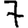
Digit: 7